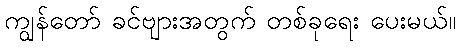
ကျွန်တော် ခင်ဗျားအတွက် တစ်ခုရေး ပေးမယ်။